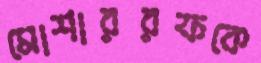
মোশাররফকে